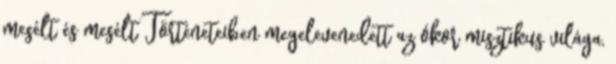
mesélt és mesélt Történeteiben megelevenedett az ókor misztikus világa,